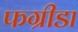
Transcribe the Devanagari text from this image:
फग्रीडा